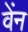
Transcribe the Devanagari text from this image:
वेंन